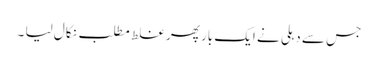
جس سے دہلی نے ایک بار پھر غلط مطلب نکال لیا ۔